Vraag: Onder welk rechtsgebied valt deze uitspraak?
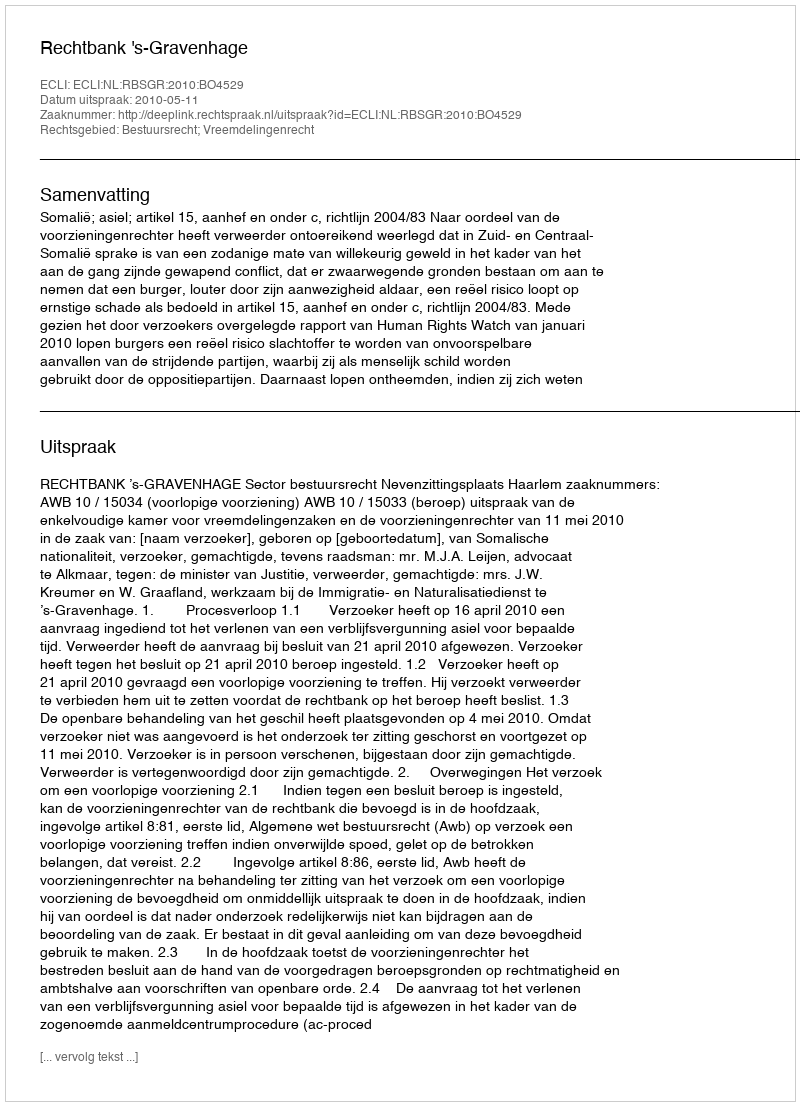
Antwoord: Bestuursrecht; Vreemdelingenrecht